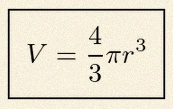
V=\frac43\pi r^3